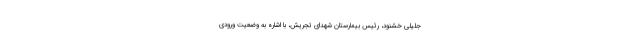
جلیلی خشنود، رئیس بیمارستان شهدای تجریش، با اشاره به وضعیت ورودی